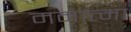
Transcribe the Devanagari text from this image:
ममात्मा